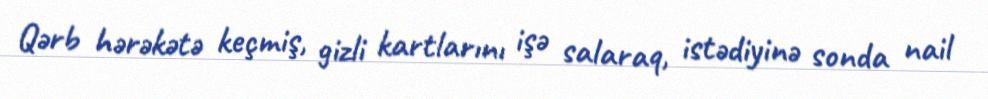
Qərb hərəkətə keçmiş, gizli kartlarını işə salaraq, istədiyinə sonda nail